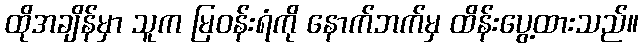
ထိုအချိန်မှာ သူက မြဝန်းရံကို နောက်ဘက်မှ ထိန်းပွေ့ထားသည်။